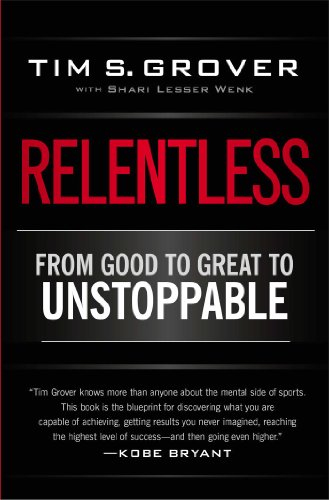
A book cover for Relentless: From Good to Great to Unstoppable; Tim S. Grover; Self-Help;